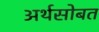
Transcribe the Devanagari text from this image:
अर्थसोबत